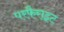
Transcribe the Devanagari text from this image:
परफैराइट